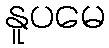
နူပမေ